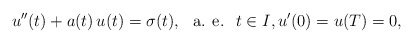
\begin{align*}u^{\prime\prime}(t)+a(t)\,u(t)=\sigma(t),\ \mbox{ a. e. }\;t\in I,u'(0)=u(T)=0,\end{align*}